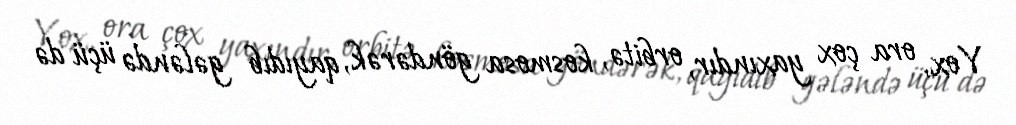
Yox, ora çox yaxındır, orbitə, kosmosa göndərək, qayıdıb gələndə üçü də